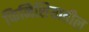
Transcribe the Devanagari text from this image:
फिनिशियातील